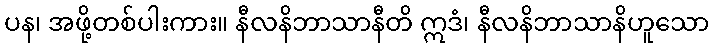
ပန၊ အဖို့တစ်ပါးကား။ နီလနိဘာသာနီတိ ဣဒံ၊ နီလနိဘာသာနိဟူသော